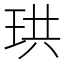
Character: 珙